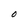
Character: O